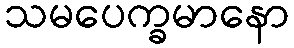
သမပေက္ခမာနော